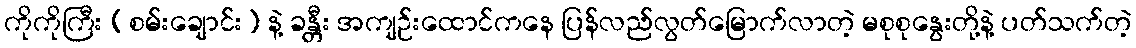
ကိုကိုကြီး (စမ်းချောင်း) နဲ့ ခန္တီး အကျဉ်းထောင်ကနေ ပြန်လည်လွတ်မြောက်လာတဲ့ မစုစုနွေးတို့နဲ့ ပတ်သက်တဲ့